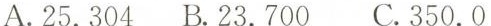
A.25.304 B.23.700 C.350.0